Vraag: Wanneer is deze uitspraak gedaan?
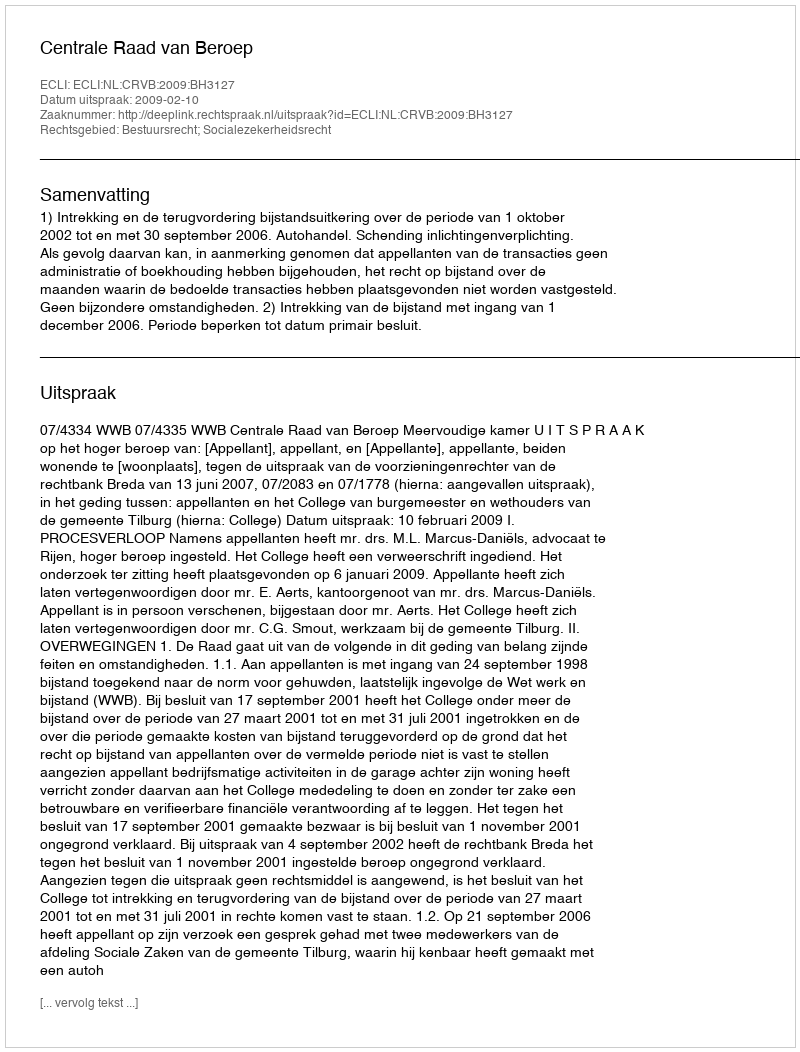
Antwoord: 2009-02-10